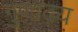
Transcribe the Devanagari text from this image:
गुणाढ़य